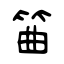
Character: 筁